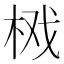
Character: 𱣘